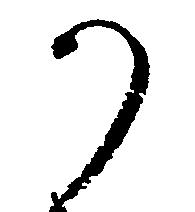
か